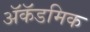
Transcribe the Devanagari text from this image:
ॲकॅडमिक